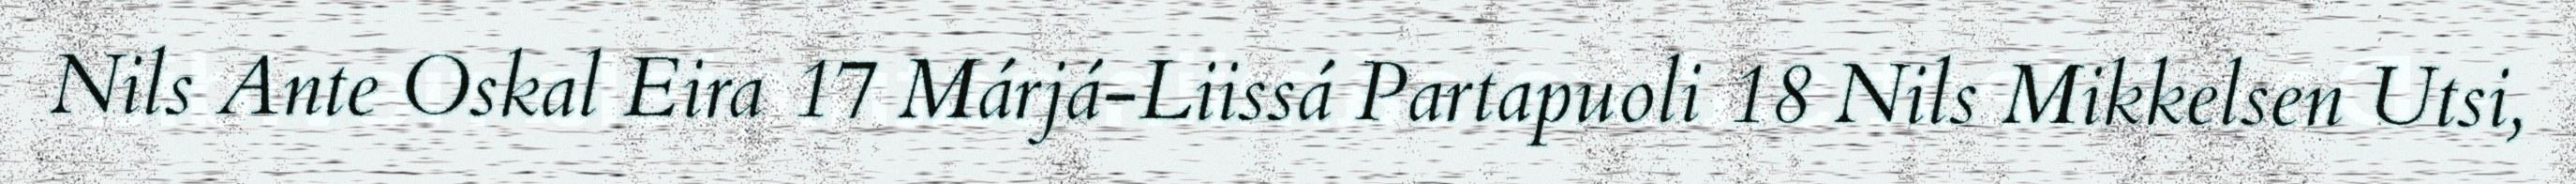
Nils Ante Oskal Eira 17 Márjá-Liissá Partapuoli 18 Nils Mikkelsen Utsi,